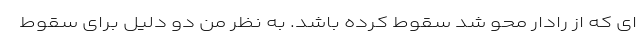
ای که از رادار محو شد سقوط کرده باشد. به نظر من دو دلیل برای سقوط